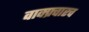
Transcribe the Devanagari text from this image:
वाक्प्रचारच